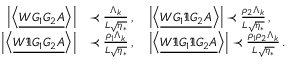
\begin{array} { r l } { \left| \left\langle { \underline { { W G _ { 1 } G _ { 2 } A } } } \right\rangle \right| } & { \prec \frac { \Lambda _ { k } } { L \sqrt { \eta _ { * } } } \, , \quad \left| \left\langle { \underline { { W G _ { 1 } \Im G _ { 2 } A } } } \right\rangle \right| \prec \frac { \rho _ { 2 } \Lambda _ { k } } { L \sqrt { \eta _ { * } } } \, , } \\ { \left| \left\langle { \underline { { W \Im G _ { 1 } G _ { 2 } A } } } \right\rangle \right| } & { \prec \frac { \rho _ { 1 } \Lambda _ { k } } { L \sqrt { \eta _ { * } } } \, , \quad \left| \left\langle { \underline { { W \Im G _ { 1 } \Im G _ { 2 } A } } } \right\rangle \right| \prec \frac { \rho _ { 1 } \rho _ { 2 } \Lambda _ { k } } { L \sqrt { \eta _ { * } } } \, . } \end{array}